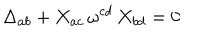
\Delta _ { a b } + X _ { a c } \, \omega ^ { c d } \, X _ { b d } = 0